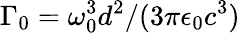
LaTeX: \Gamma_{0}=\omega_{0}^{3}d^{2}/(3\pi\epsilon_{0}c^{3})